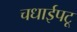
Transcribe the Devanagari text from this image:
चधाईपटू